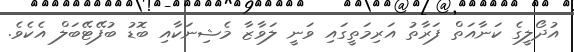
އުދޯލީގެ ކަނާއަތް ފަރާތު އަރިމަތީގައި ވަނީ ލަވާޒާ މެޝިނަކާއި ބޮޑު ބުފޭޓޭބަލް އެކެވެ.